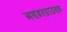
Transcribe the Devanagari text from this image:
अण्डरग्राउण्ड